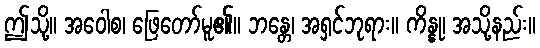
ဤသို့။ အဝေါစ၊ ဖြေတော်မူ၏။ ဘန္တေ၊ အရှင်ဘုရား။ ကိန္နု၊ အသို့နည်း။